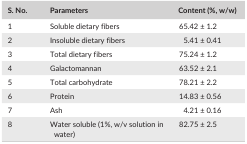
| S. No. | Parameters | Content (%, w/w) |
 | --- | --- | --- |
 | 1 | Soluble dietary fibers | 65.42 ± 1.2 |
 | 2 | Insoluble dietary fibers | 5.41 ± 0.41 |
 | 3 | Total dietary fibers | 75.24 ± 1.2 |
 | 4 | Galactomannan | 63.52 ± 2.1 |
 | 5 | Total carbohydrate | 78.21 ± 2.2 |
 | 6 | Protein | 14.83 ± 0.56 |
 | 7 | Ash | 4.21 ± 0.16 |
 | 8 | Water soluble (1%, w/v solution in water) | 82.75 ± 2.5 |